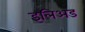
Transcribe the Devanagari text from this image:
इलिअड